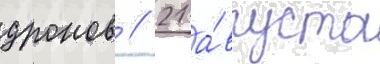
дронов // 21 а́вгуста